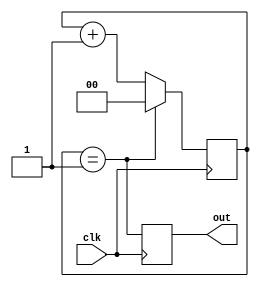
`timescale 1ns / 1ps

module pulse_generator
    #(
    parameter RESET_AT = 1
    )
    (
    input clk,
    output reg out
    );
    
    localparam BITS = $clog2(RESET_AT);

    // state
    reg  [BITS-1:0] counter;

    // combinational logic
    wire counter_at_top = (counter == RESET_AT);
    wire [BITS-1:0] counter_next = counter_at_top ? 0 : (counter + 1);

    // to have simulation match the real FPGA behavior
    initial begin
        counter = 0;
        out = 0;
    end

    // sequential logic
    always @(posedge clk) begin
        counter <= counter_next;
        out <= counter_at_top;
    end
endmodule